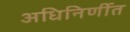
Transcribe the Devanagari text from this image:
अधिनिर्णीत